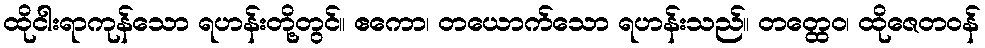
ထိုငါးရာကုန်သော ရဟန်းတို့တွင်။ ဧကော၊ တယောက်သော ရဟန်းသည်။ တတ္ထေဝ၊ ထိုဇေတဝန်